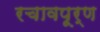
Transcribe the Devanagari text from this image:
रचावपूर्ण